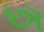
છૉ